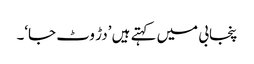
پنجابی میں کہتے ہیں ’دڑ وٹ جا‘۔